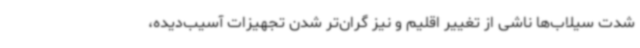
شدت سیلاب‌ها ناشی از تغییر اقلیم و نیز گران‌تر شدن تجهیزات آسیب‌دیده،